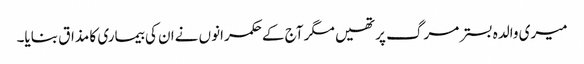
میری والدہ بسترمرگ پرتھیں مگر آج کےحکمرانوں نےان کی بیماری کا مذاق بنایا۔